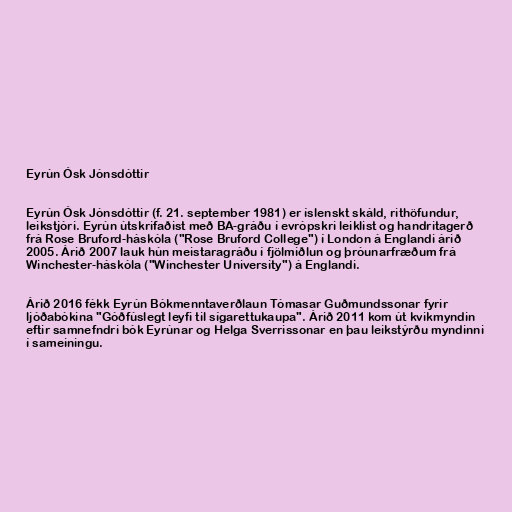
Eyrún Ósk Jónsdóttir

Eyrún Ósk Jónsdóttir (f. 21. september 1981) er íslenskt skáld, rithöfundur,
leikstjóri. Eyrún útskrifaðist með BA-gráðu í evrópskri leiklist og handritagerð
frá Rose Bruford-háskóla ("Rose Bruford College") í London á Englandi árið
2005. Árið 2007 lauk hún meistaragráðu í fjölmiðlun og þróunarfræðum frá
Winchester-háskóla ("Winchester University") á Englandi.

Árið 2016 fékk Eyrún Bókmenntaverðlaun Tómasar Guðmundssonar fyrir
ljóðabókina "Góðfúslegt leyfi til sígarettukaupa". Árið 2011 kom út kvikmyndin
eftir samnefndri bók Eyrúnar og Helga Sverrissonar en þau leikstýrðu myndinni
í sameiningu.